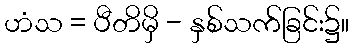
ဟံသ = ပီတိမှိ - နှစ်သက်ခြင်း၌။